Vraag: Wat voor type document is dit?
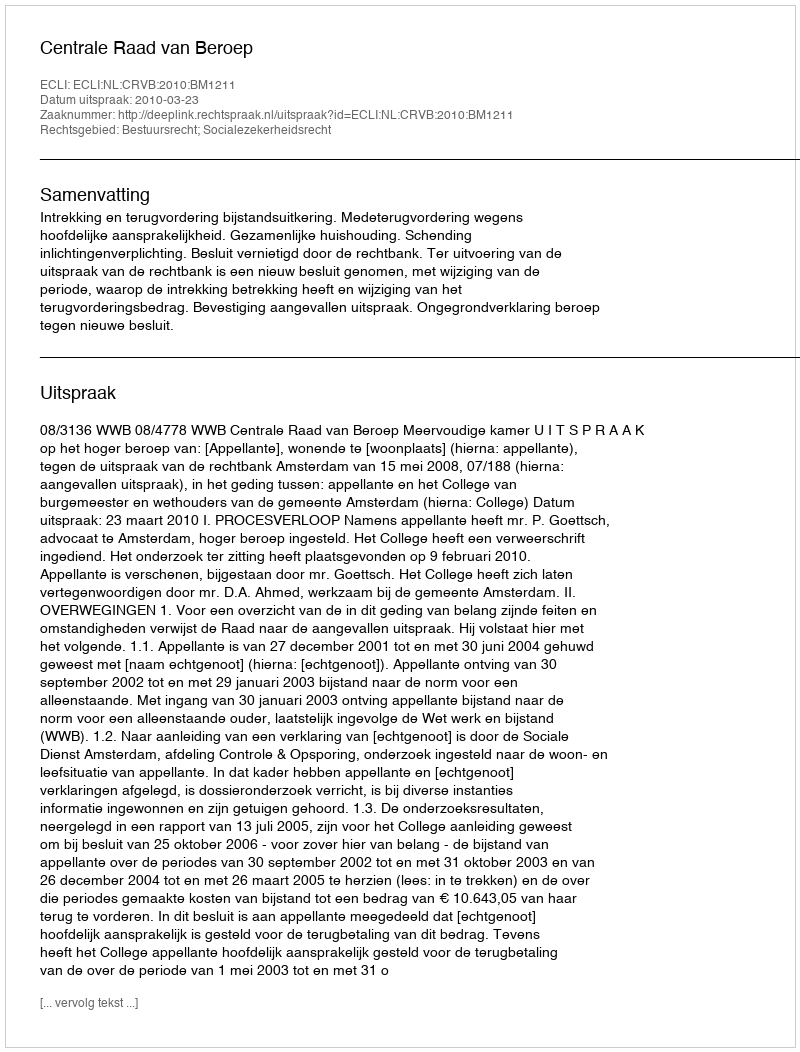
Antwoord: Uitspraak